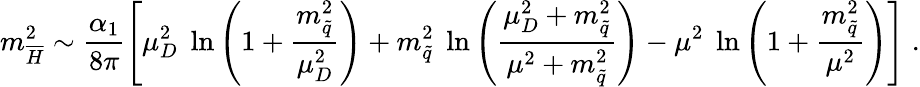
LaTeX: m_{\overline{{{H}}}}^{2}\sim\frac{\alpha_{1}}{8\pi}\left[\mu_{D}^{2}\; \ln\left(1+\frac{m_{\tilde{q}}^{2}}{\mu_{D}^{2}}\right)+m_{\tilde{q}}^{2}\; \ln\left(\frac{\mu_{D}^{2}+m_{\tilde{q}}^{2}}{\mu^{2}+m_{\tilde{q}}^{2}}\right)-\mu^{2}\; \ln\left(1+\frac{m_{\tilde{q}}^{2}}{\mu^{2}}\right)\right]\; .